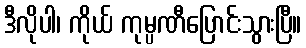
ဒီလိုပါ၊ ကိုယ် ကုမ္ပဏီပြောင်းသွားပြီ။